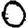
Digit: 0